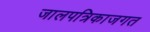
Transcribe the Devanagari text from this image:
जालपत्रिकाजगत